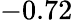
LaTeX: -0.72